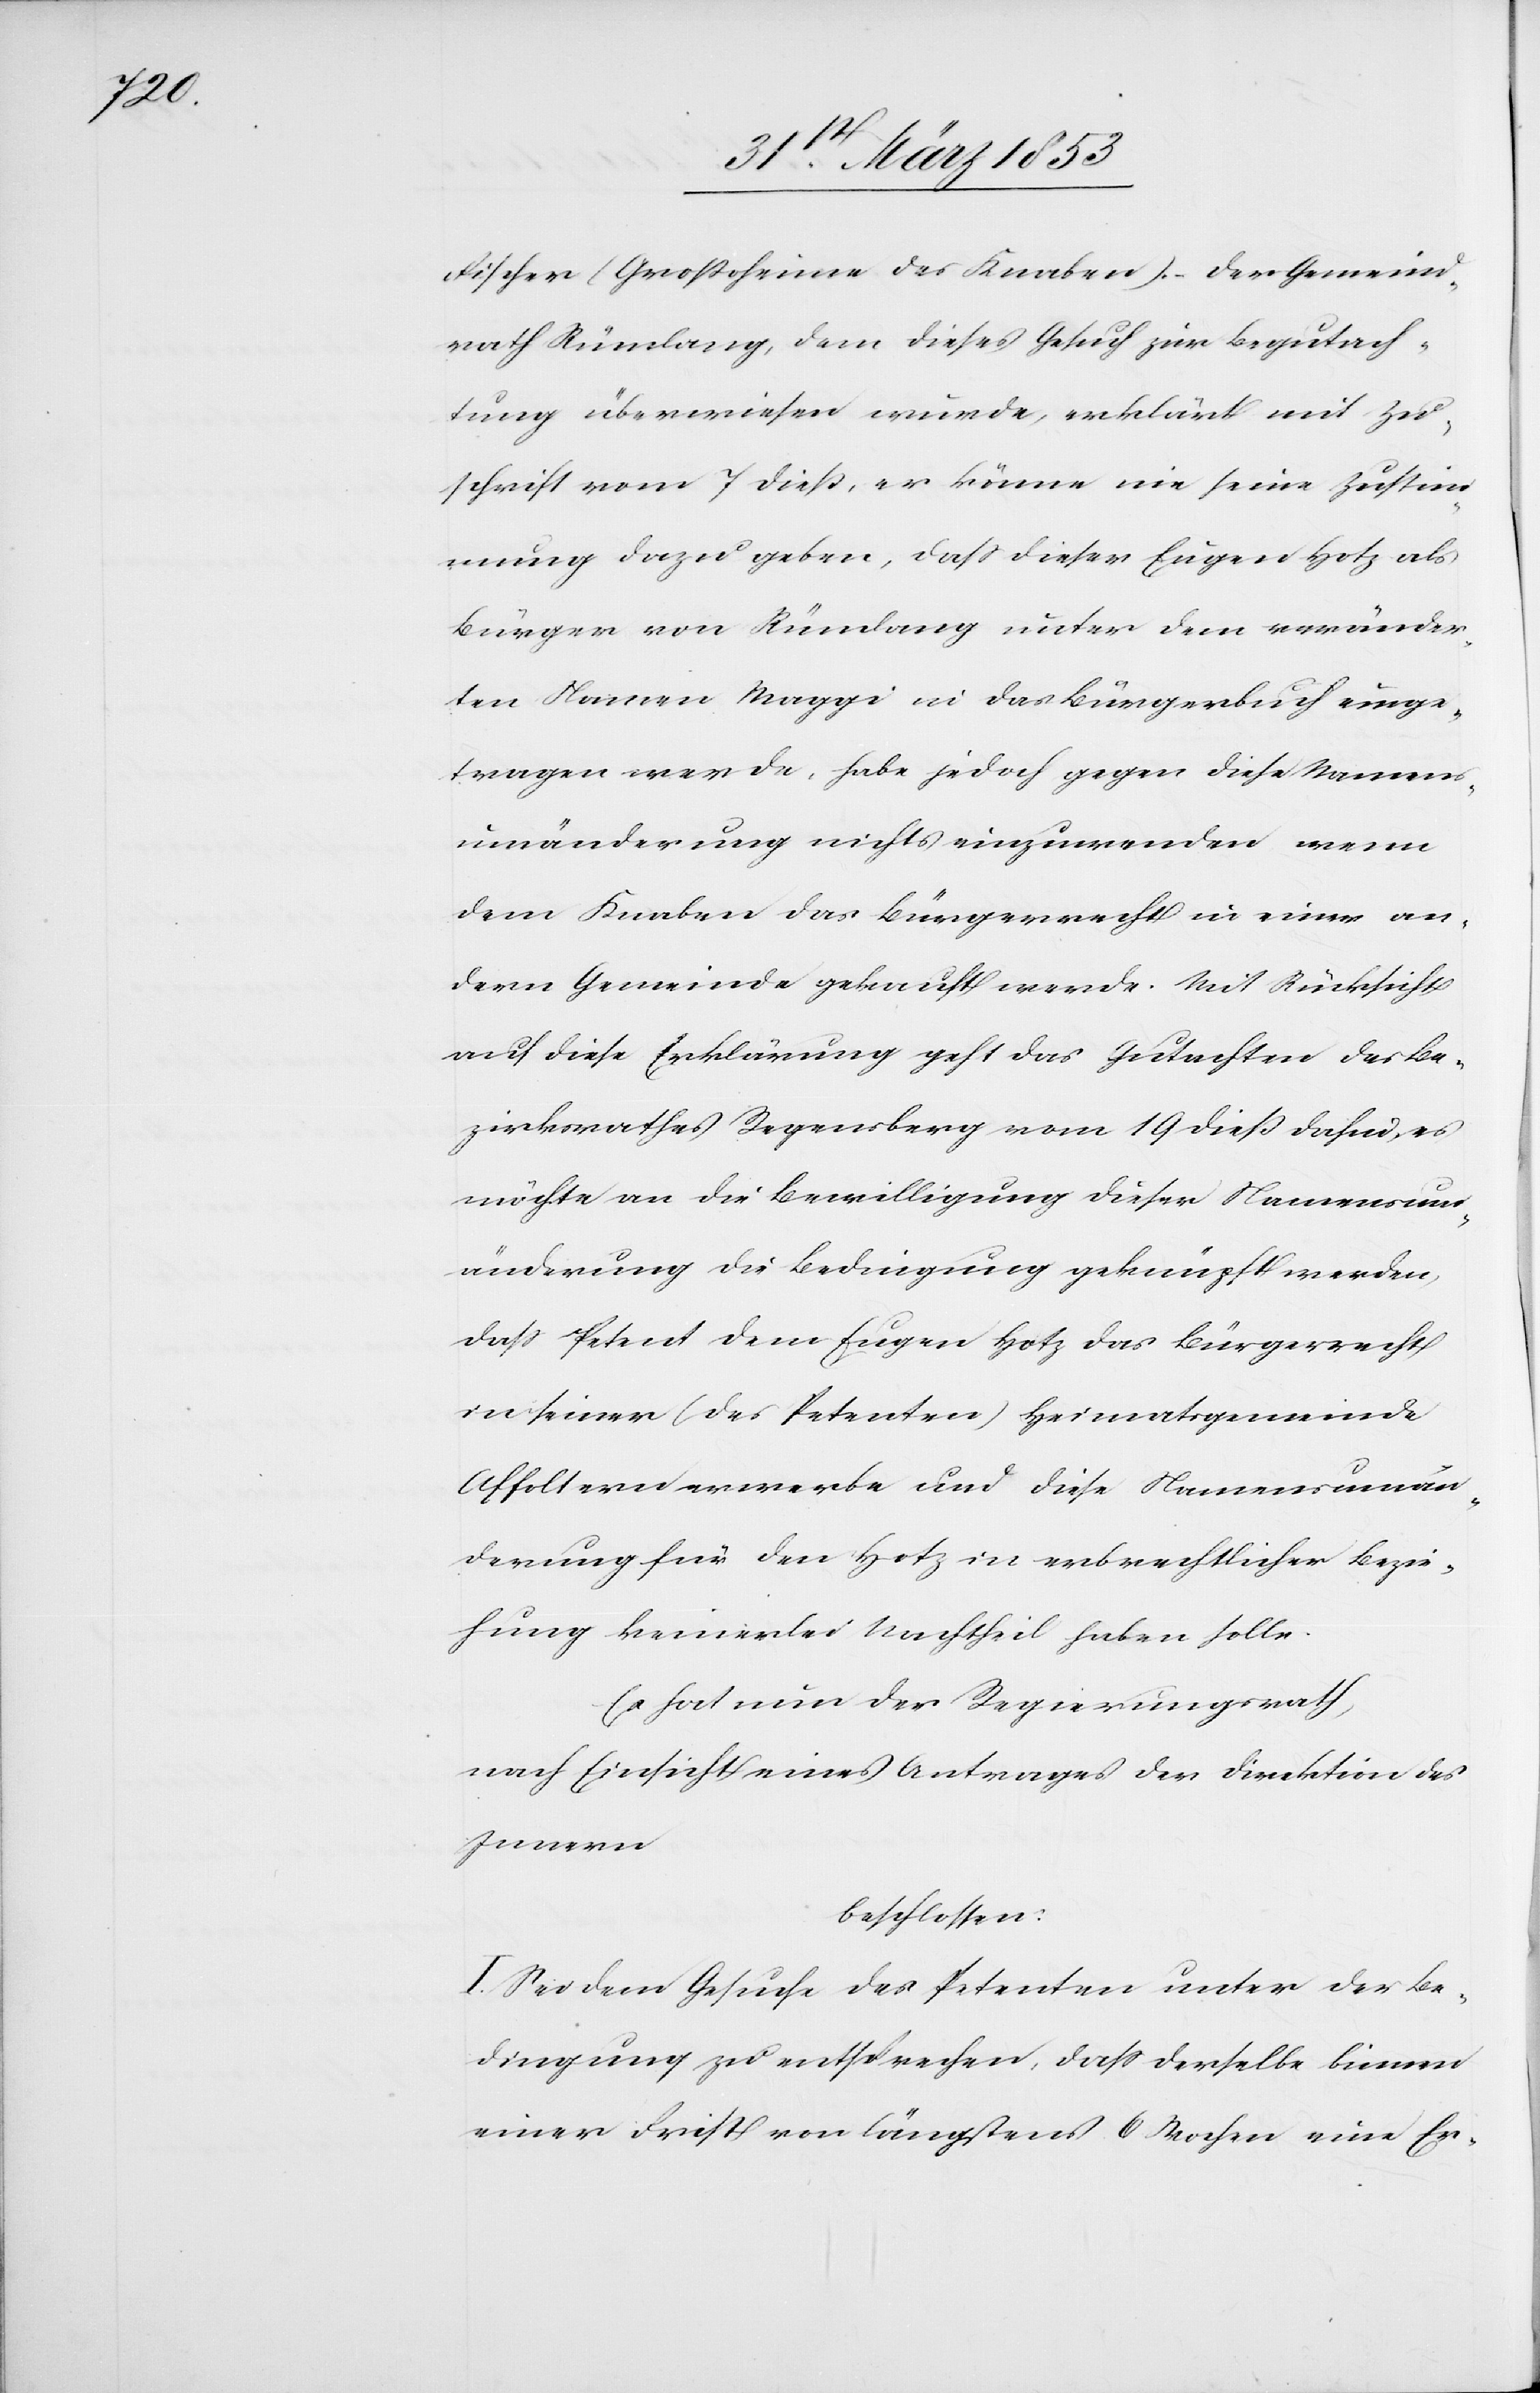
Fischer (Großoheime des Knaben). Der Gemeind¬
rath Rümlang, dem dieses Gesuch zur Begutach¬
tung überwiesen wurde, erklärt mit Zu¬
schrift vom 7 dieß, er könne nie seine Zustim¬
mung dazu geben, daß dieser Eugen Hotz als
Bürger von Rümlang unter dem veränder¬
ten Namen Maggi in das Bürgerbuch einge¬
tragen werde, habe jedoch gegen diese Namens¬
umänderung nichts einzuwenden wenn
dem Knaben das Bürgerrecht in einer an¬
dern Gemeinde gekauft werde. Mit Rücksicht
auf diese Erklärung geht das Gutachten des Be¬
zirksrathes Regensberg vom 19 dieß dahin, es
möchte an die Bewilligung dieser Namensum¬
änderung die Bedingung geknüpft werden,
daß Petent dem Eugen Hotz das Bürgerrecht
in seiner (des Petenten) Heimatsgemeinde
Affoltern erwerbe und diese Namensumän¬
derung für den Hotz in erbrechtlicher Bezie¬
hung keinerlei Nachtheil haben solle.
Es hat nun der Regierungsrath,
nach Einsicht eines Antrages der Direktion des
Innern
beschlossen:
I. Sei dem Gesuche des Petenten unter der Be¬
dingung zu entsprechen, daß derselbe binnen
einer Frist von längstens 6 Wochen eine Er-